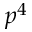
p ^ { 4 }